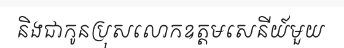
និងជាកូនប្រុសលោកឧត្តមសេនីយ៍មួយ